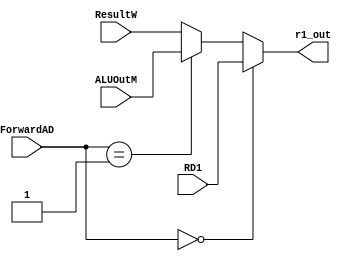
`timescale 1ns / 1ps
//////////////////////////////////////////////////////////////////////////////////
// Company: 
// Engineer: 
// 
// Design Name: 
// Module Name:    ForwardAD_Mulselect 
// Project Name: 
// Target Devices: 
// Tool versions: 
// Description: 
//
// Dependencies: 
//
// Revision: 
// Revision 0.01 - File Created
// Additional Comments: 
//
//////////////////////////////////////////////////////////////////////////////////
module ForwardAD_Mulselect(
    input [1:0]ForwardAD,
	 input [31:0]ALUOutM,
	 input [31:0]RD1,
	 input [31:0]ResultW,
	 output [31:0]r1_out
    );
	 
 assign r1_out = (ForwardAD==2'd0)?RD1:(ForwardAD==2'd1)?ALUOutM:ResultW;


endmodule